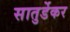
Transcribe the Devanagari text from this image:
सातुर्डेकर